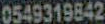
0549319842